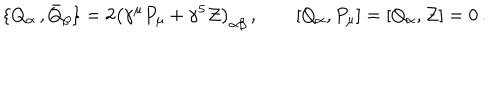
LaTeX: \{ Q _ { \alpha } \, , { \bar { Q } } _ { \beta } \} = 2 \left( \gamma ^ { \mu } P _ { \mu } + \gamma ^ { 5 } { \cal Z } \right) _ { \alpha \beta } \, , \qquad \left[ Q _ { \alpha } , P _ { \mu } \right] = \left[ Q _ { \alpha } , { \cal Z } \right] = 0 \, .